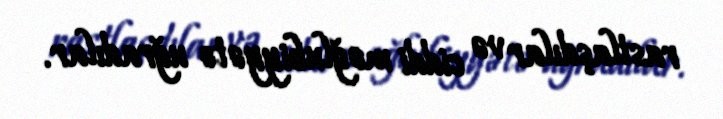
rastlaşdılar və ciddi məğlubiyyətə uğradılar.